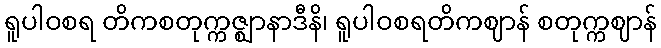
ရူပါဝစရ တိကစတုက္ကဇ္ဈာနာဒီနိ၊ ရူပါဝစရတိကဈာန် စတုက္ကဈာန်